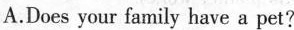
A.Does your family have a pet?